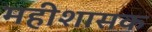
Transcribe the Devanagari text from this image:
महीशासक